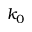
k _ { 0 }